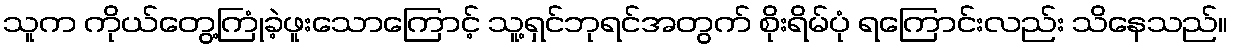
သူက ကိုယ်တွေ့ကြုံခဲ့ဖူးသောကြောင့် သူ့ရှင်ဘုရင်အတွက် စိုးရိမ်ပုံ ရကြောင်းလည်း သိနေသည်။